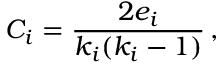
C _ { i } = { \frac { 2 e _ { i } } { k _ { i } { ( k _ { i } - 1 ) } } } \, ,